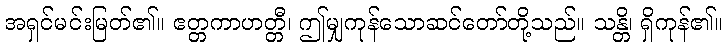
အရှင်မင်းမြတ်၏။ ဧတ္တကာဟတ္တီ၊ ဤမျှကုန်သောဆင်တော်တို့သည်။ သန္တိ၊ ရှိကုန်၏။